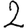
Digit: 2